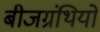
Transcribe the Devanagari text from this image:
बीजग्रंथियों